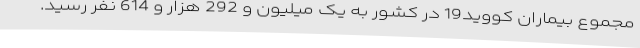
مجموع بیماران کووید19 در کشور به یک میلیون و 292 هزار و 614 نفر رسید.